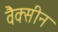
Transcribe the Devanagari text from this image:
वैक्‍सीन